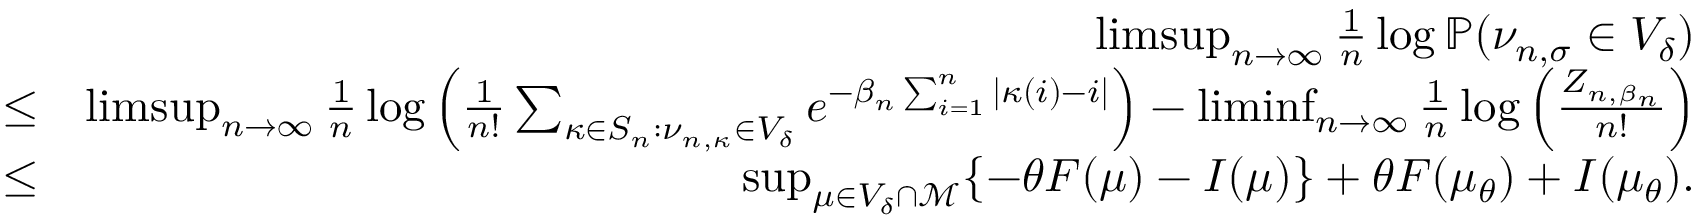
\begin{array} { r l r } & { } & { \operatorname* { l i m s u p } _ { n \rightarrow \infty } \frac { 1 } { n } \log { \mathbb { P } ( \nu _ { n , \sigma } \in V _ { \delta } ) } } \\ & { \leq } & { \operatorname* { l i m s u p } _ { n \rightarrow \infty } \frac { 1 } { n } \log \Big ( \frac { 1 } { n ! } \sum _ { \kappa \in S _ { n } : \nu _ { n , \kappa } \in V _ { \delta } } e ^ { - \beta _ { n } \sum _ { i = 1 } ^ { n } | \kappa ( i ) - i | } \Big ) - \operatorname* { l i m i n f } _ { n \rightarrow \infty } \frac { 1 } { n } \log \Big ( \frac { Z _ { n , \beta _ { n } } } { n ! } \Big ) } \\ & { \leq } & { \operatorname* { s u p } _ { \mu \in V _ { \delta } \cap \mathcal { M } } \{ - \theta F ( \mu ) - I ( \mu ) \} + \theta F ( \mu _ { \theta } ) + I ( \mu _ { \theta } ) . } \end{array}